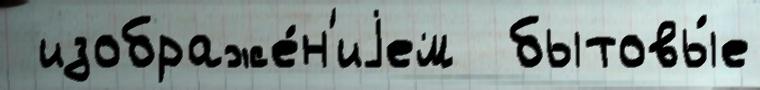
 изображе́н'иjем  бытовы́е